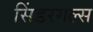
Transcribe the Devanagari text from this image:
सिंडरगल्स